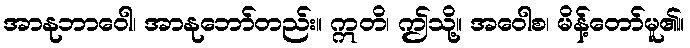
အာနုဘာဝေါ၊ အာနုဘော်တည်း။ ဣတိ၊ ဤသို့။ အဝေါစ၊ မိန့်တော်မူ၏။